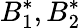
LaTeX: B_{1}^{*},B_{2}^{*}